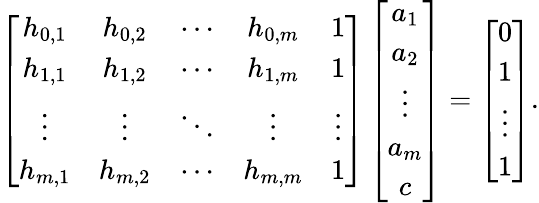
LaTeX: \left[\begin{array}{ccccc}{h_{0,1}}&{h_{0,2}}&{\cdots}&{h_{0,m}}&{1}\\ {h_{1,1}}&{h_{1,2}}&{\cdots}&{h_{1,m}}&{1}\\ {\vdots}&{\vdots}&{\ddots}&{\vdots}&{\vdots}\\ {h_{m,1}}&{h_{m,2}}&{\cdots}&{h_{m,m}}&{1}\end{array}\right]\left[\begin{array}{c}{a_{1}}\\ {a_{2}}\\ {\vdots}\\ {a_{m}}\\ {c}\end{array}\right]=\left[\begin{array}{c}{0}\\ {1}\\ {\vdots}\\ {1}\end{array}\right].